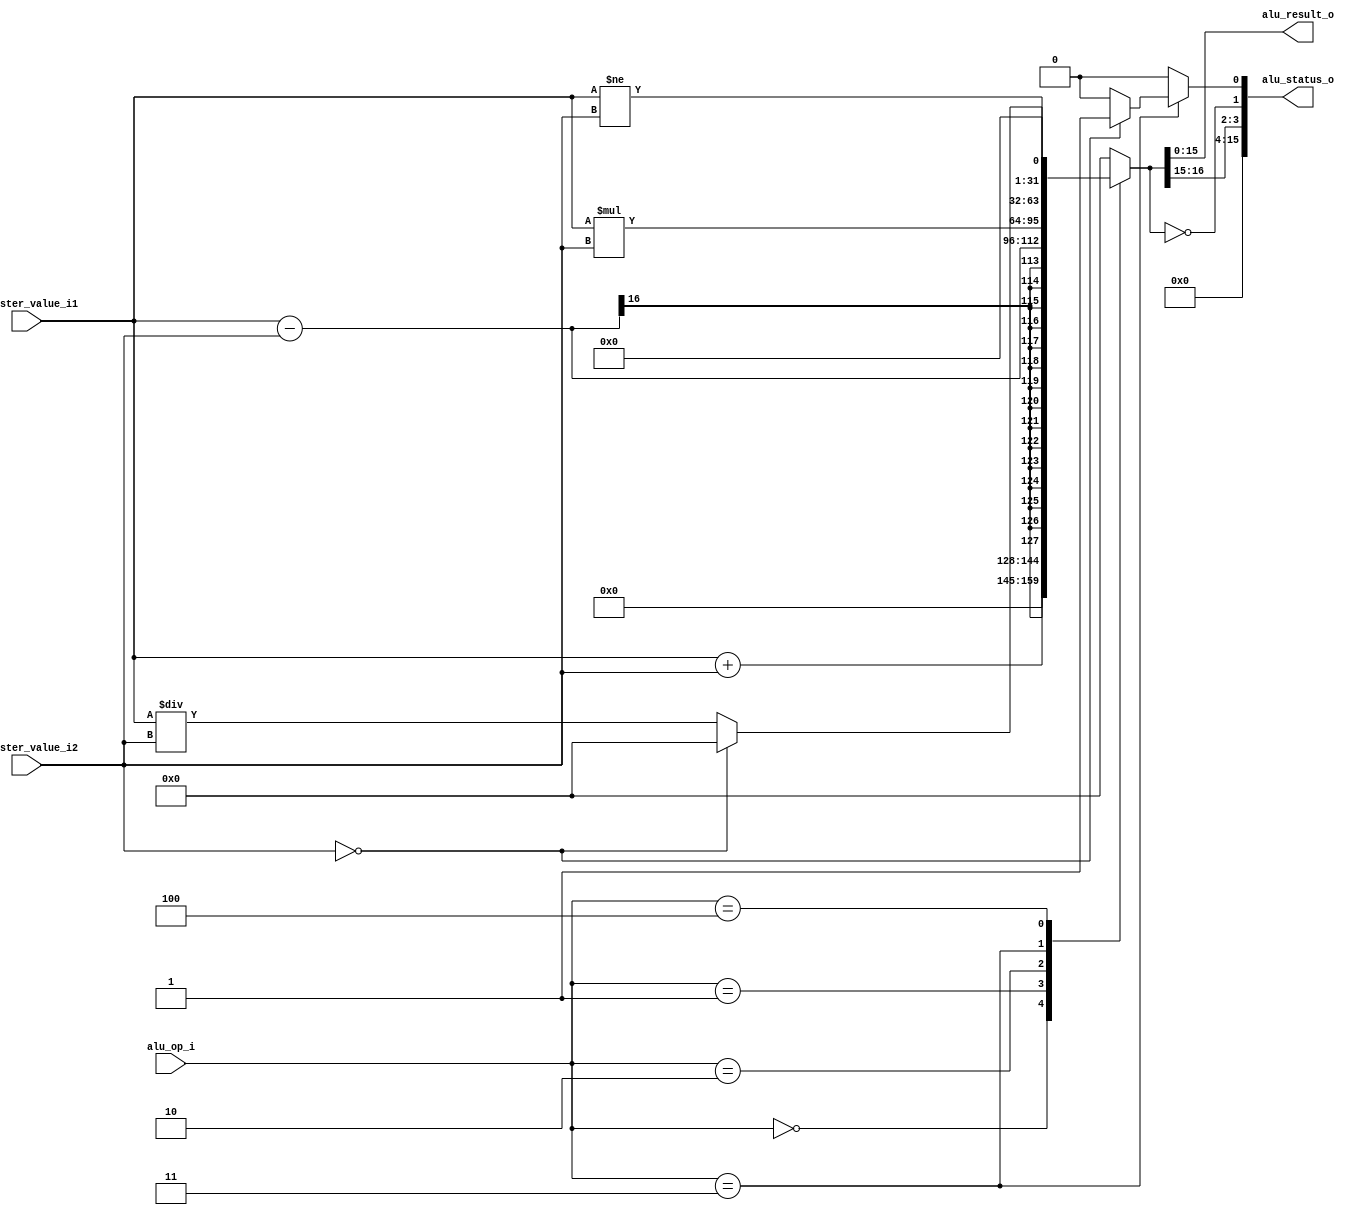
//-----------------------------------------------------------------------------
// Creation time : 14:44:52
// Description   : 
// Tool : Kactus2 3.4.79 32-bit
// Plugin : Verilog generator 2.0d
// This file was generated based on IP-XACT component tut.fi:core:alu:1.0
// whose XML file is D:/kactus2Repos/ipxactexamplelib/tut.fi/core/alu/1.0/alu.1.0.xml
//-----------------------------------------------------------------------------

module alu #(
    parameter                              DATA_WIDTH       = 16,    // Width for data in registers and instructions.
    parameter                              ALU_OP_WIDTH     = 3    // Bits reserved for identification of alu operation
) (
    // Interface: cpu_system
    input          [ALU_OP_WIDTH-1:0]   alu_op_i,
    input          [DATA_WIDTH-1:0]     register_value_i1,
    input          [DATA_WIDTH-1:0]     register_value_i2,
    output reg     [DATA_WIDTH-1:0]     alu_result_o,
    output reg     [DATA_WIDTH-1:0]     alu_status_o
);

// WARNING: EVERYTHING ON AND ABOVE THIS LINE MAY BE OVERWRITTEN BY KACTUS2!!!
    // The available operations.
    parameter [ALU_OP_WIDTH-1:0]
        OP_PLUS         = 3'b000, 
        OP_MINUS        = 3'b001, 
        OP_MUL          = 3'b010, 
        OP_DIV          = 3'b011, 
        OP_CMP          = 3'b100;

    // The available status bits.
    parameter [1:0]
        C_OUT           = 2'd3, 
        NEGATIVE        = 2'd2,
        ZERO            = 2'd1, 
        DIV_ZERO        = 2'd0;
        
    // Result of the operation.
    reg [DATA_WIDTH*2-1:0] operation_result;
    // 1 = Division with zero attempted.
    integer div_zero;
        
    always @* begin
        // By default, it did not happen.
        div_zero = 0;
    
        // Select a case depending on operation. Most are pretty straightforward execution.
        case(alu_op_i)
            OP_PLUS: operation_result <= register_value_i1 + register_value_i2;
            OP_MINUS: operation_result <= register_value_i1 - register_value_i2;
            OP_MUL: operation_result <= register_value_i1 * register_value_i2;
            OP_DIV: begin
                if (register_value_i2 == 0) begin
                    // Tried division by zero. Also result is then zero.
                    operation_result <= 0;
                    div_zero = 1;
                end
                else begin
                    operation_result <= register_value_i1 / register_value_i2;
                end
            end
            OP_CMP : operation_result <= register_value_i1 != register_value_i2;
            default: begin
                // Unsupported opcode -> Result is zero.
                $display("ERROR: Unknown ALU operation: %d", alu_op_i);
                operation_result <= 0;
            end
        endcase
        
        // Output the result.
        alu_result_o <= operation_result[DATA_WIDTH-1:0];
        
        // Undefined status bits are always zero.
        alu_status_o[DATA_WIDTH-1:C_OUT+1] = 0;
        // Carry out is always the least significant overflow bit.
        alu_status_o[C_OUT] = operation_result[DATA_WIDTH];
        // If applicable, the most significant output bit is the sign.
        alu_status_o[NEGATIVE] = operation_result[DATA_WIDTH-1];
        // Zero bit should be obvious.
        alu_status_o[ZERO] = (operation_result == 0);
        // Division by zero is was resolved earlier.
        alu_status_o[DIV_ZERO] = div_zero;
    end
endmodule